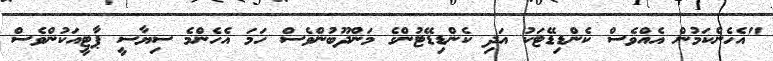
"އެހެންކަމުން އެއްވެސް ކެންޑިޑޭޓަކު އަދި ކެންޑިޑޭޓުންގެ މަންދޫބުންވެސް ހަމަ އެހެންމެ ސިޔާސީ ޕާޓީއަކުންވެސް